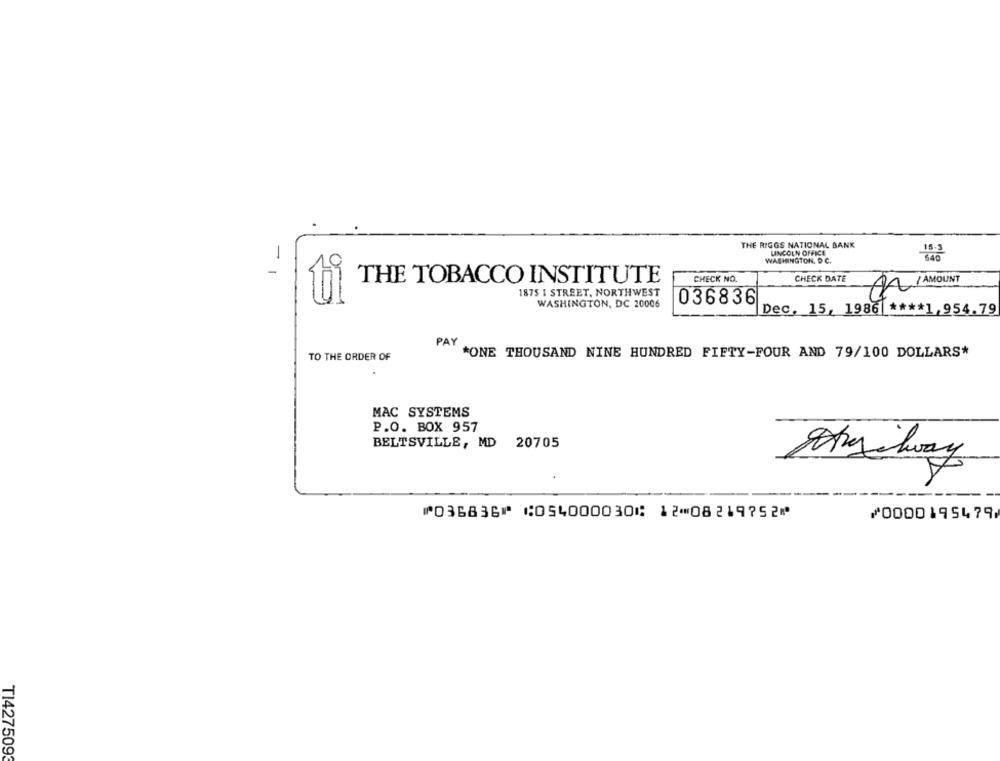
THE RIGGS NATIONAL BANK
LINCOLN OFFICE
-
WASHINGTON, D. C.
THE TOBACCO INSTITUTE
CHECK NO.
CHECK DATE
Q AMOUNT
1875 I STREET, NORTHWEST
WASHINGTON, DC 20006
036836
Dec. 15, 1986 **** 1,954.79
PAY
TO THE ORDER OF
*ONE THOUSAND NINE HUNDRED FIFTY-FOUR AND 79/100 DOLLARS*
MAC SYSTEMS
P.O. BOX 957
BELTSVILLE, MD 20705
⑈036836⑈ ⑆054000030⑆ 12⑉08219752⑈
⑇0000195479
TI4275093